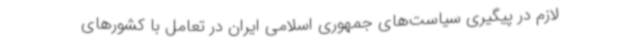
لازم در پیگیری سیاست‌های جمهوری اسلامی ایران در تعامل با کشورهای